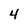
Character: 4